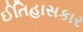
ઈતિહાસકાર